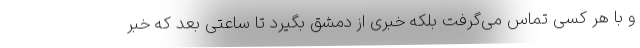
و با هر کسی تماس می‌گرفت بلکه خبری از دمشق بگیرد تا ساعتی بعد که خبر